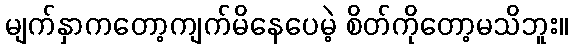
မျက်နှာကတော့ကျက်မိနေပေမဲ့ စိတ်ကိုတော့မသိဘူး။